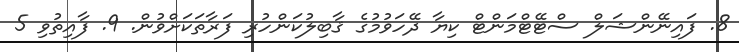
8. ފައިނޭންޝަލް ސްޓޭޓްމަންޓް ކިޔާ ދޭހަވުމުގެ ޤާބިލުކަންހުރި ފަރާތަކަށްވުން. 9. ފާއިތުވި 5